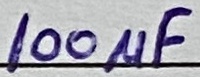
Text: 100µF